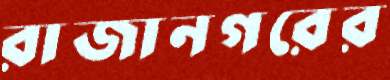
রাজানগরের